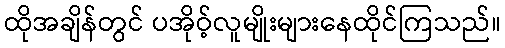
ထိုအချိန်တွင် ပအိုဝ့်လူမျိုးများနေထိုင်ကြသည်။